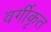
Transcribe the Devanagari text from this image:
वर्गीकृत